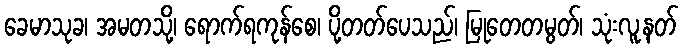
ခေမာသုခ၊ အမတသို့၊ ရောက်ရကုန်စေ၊ ပို့တတ်ပေသည်၊ မြုတေတမွတ်၊ သုံးလူ့နတ်